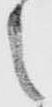
之